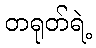
တရုတ်ရဲ့